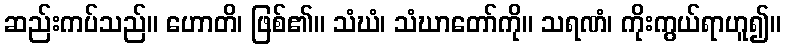
ဆည်းကပ်သည်။ ဟောတိ၊ ဖြစ်၏။ သံဃံ၊ သံဃာတော်ကို။ သရဏံ၊ ကိုးကွယ်ရာဟူ၍။